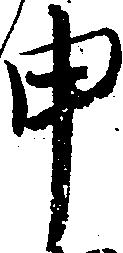
申